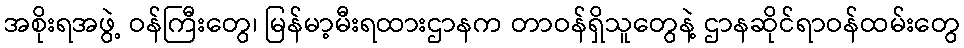
အစိုးရအဖွဲ့ ဝန်ကြီးတွေ၊ မြန်မာ့မီးရထားဌာနက တာဝန်ရှိသူတွေနဲ့ ဌာနဆိုင်ရာဝန်ထမ်းတွေ